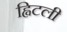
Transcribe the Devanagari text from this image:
ह्विटली